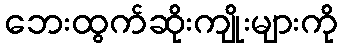
ဘေးထွက်ဆိုးကျိုးများကို